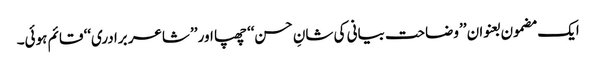
ایک مضمون بعنوان ’’وضاحت بیانی کی شانِ حسن‘‘ چھپا اور ’’شاعر برادری‘‘ قائم ہوئی۔